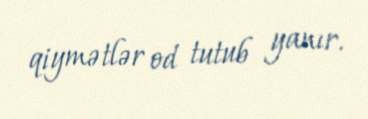
qiymətlər od tutub yanır.